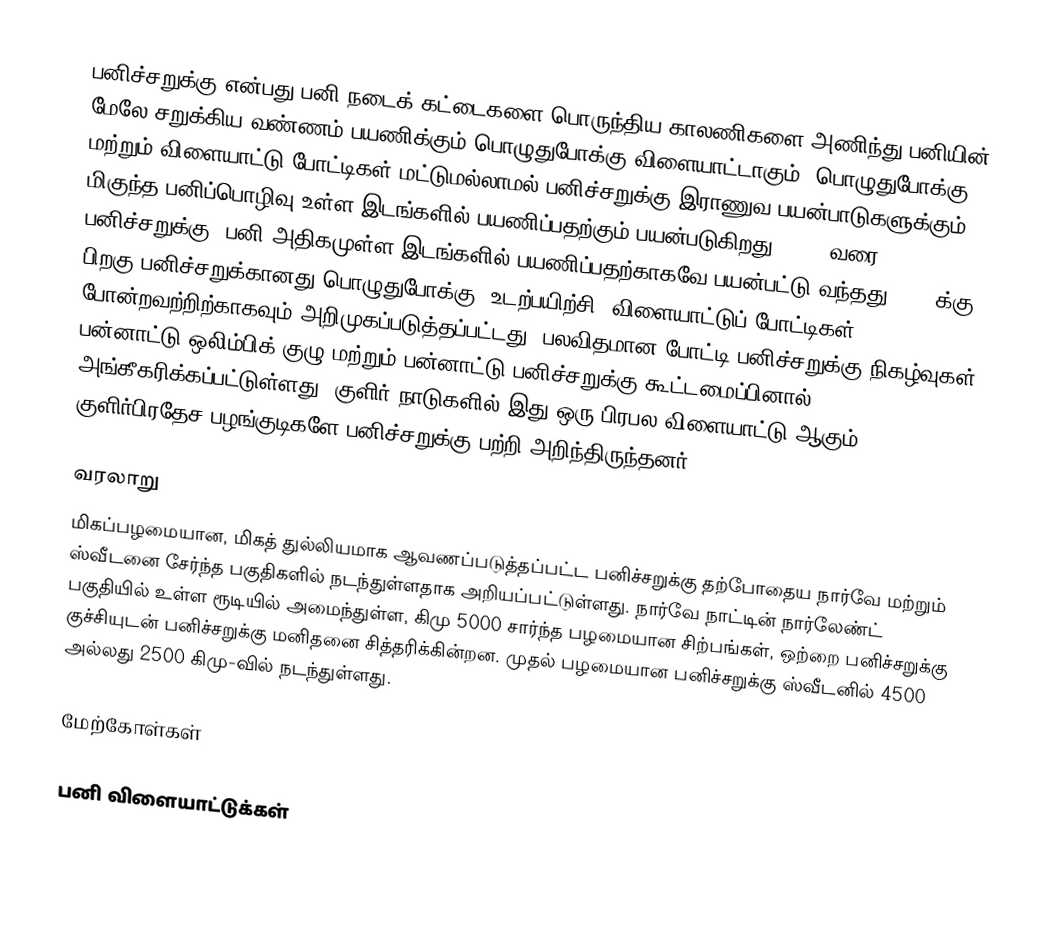
பனிச்சறுக்கு என்பது பனி நடைக் கட்டைகளை பொருந்திய காலணிகளை அணிந்து பனியின் மேலே சறுக்கிய வண்ணம் பயணிக்கும் பொழுதுபோக்கு விளையாட்டாகும். பொழுதுபோக்கு மற்றும் விளையாட்டு போட்டிகள் மட்டுமல்லாமல் பனிச்சறுக்கு இராணுவ பயன்பாடுகளுக்கும், மிகுந்த பனிப்பொழிவு உள்ள இடங்களில் பயணிப்பதற்கும் பயன்படுகிறது. 1860 வரை பனிச்சறுக்கு, பனி அதிகமுள்ள இடங்களில் பயணிப்பதற்காகவே பயன்பட்டு வந்தது. 1860க்கு பிறகு பனிச்சறுக்கானது பொழுதுபோக்கு, உடற்பயிற்சி, விளையாட்டுப் போட்டிகள் போன்றவற்றிற்காகவும்  அறிமுகப்படுத்தப்பட்டது.  பலவிதமான போட்டி பனிச்சறுக்கு நிகழ்வுகள் பன்னாட்டு ஒலிம்பிக் குழு மற்றும் பன்னாட்டு பனிச்சறுக்கு கூட்டமைப்பினால் அங்கீகரிக்கப்பட்டுள்ளது.  குளிர் நாடுகளில் இது ஒரு பிரபல விளையாட்டு ஆகும். குளிர்பிரதேச பழங்குடிகளே பனிச்சறுக்கு பற்றி அறிந்திருந்தனர்.

வரலாறு
மிகப்பழமையான, மிகத் துல்லியமாக ஆவணப்படுத்தப்பட்ட பனிச்சறுக்கு தற்போதைய நார்வே மற்றும் ஸ்வீடனை சேர்ந்த பகுதிகளில் நடந்துள்ளதாக   அறியப்பட்டுள்ளது. நார்வே நாட்டின் நார்லேண்ட் பகுதியில் உள்ள ரூடியில் அமைந்துள்ள, கிமு 5000 சார்ந்த பழமையான சிற்பங்கள், ஒற்றை பனிச்சறுக்கு குச்சியுடன் பனிச்சறுக்கு மனிதனை சித்தரிக்கின்றன.  முதல் பழமையான பனிச்சறுக்கு ஸ்வீடனில் 4500 அல்லது 2500 கிமு-வில் நடந்துள்ளது.

மேற்கோள்கள்

பனி விளையாட்டுக்கள்